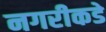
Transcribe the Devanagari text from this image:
नगरीकडे